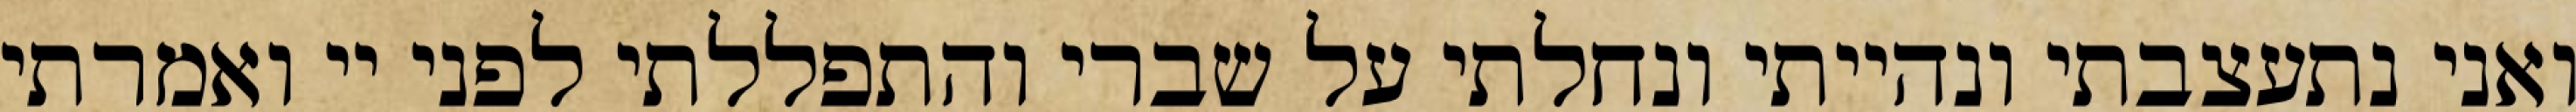
ואני נתעצבתי ונהייתי ונחלתי על שברי והתפללתי לפני יי ואמרתי